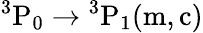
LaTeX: \mathrm{{}^{3}P_{0}\rightarrow{}^{3}P_{1}(m,c)}